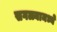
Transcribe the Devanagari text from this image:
सगळ्यामध्ये